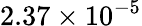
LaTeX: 2.37\times 10^{-5}